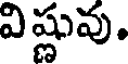
విష్ణువు,